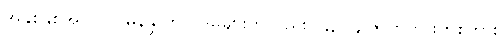
အနှစ်နှစ်အလလ မြနန္ဒာက ပုဒ်မများကိုလည်း ၁,၃၇၄ ဇာတ်ကားတစ်ကား